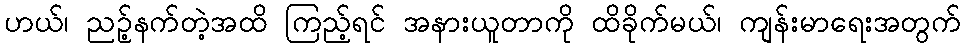
ဟယ်၊ ညဉ့်နက်တဲ့အထိ ကြည့်ရင် အနားယူတာကို ထိခိုက်မယ်၊ ကျန်းမာရေးအတွက်